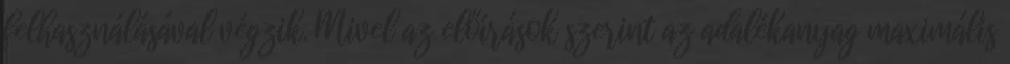
felhasználásával végzik. Mivel az előírások szerint az adalékanyag maximális